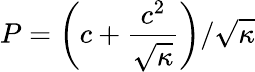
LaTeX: P=\left(c+\frac{c^{2}}{\sqrt{\kappa}}\right)/\sqrt{\kappa}